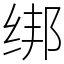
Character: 绑